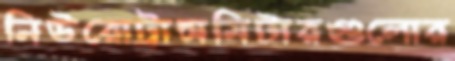
নিউরোট্রান্সমিটারগুলোর